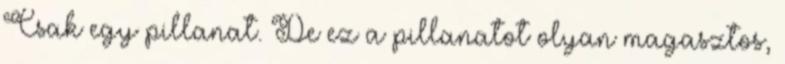
Csak egy pillanat. De ez a pillanatot olyan magasztos,